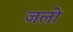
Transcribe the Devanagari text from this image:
जलो